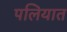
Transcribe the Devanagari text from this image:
पलियात